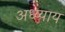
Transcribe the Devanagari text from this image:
अध्य्याय